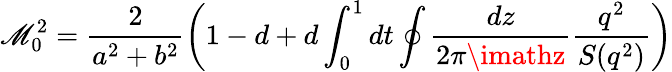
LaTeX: \mathscr{M}_{0}^{2}=\frac{{2}}{{a^{2}+b^{2}}}\left(1-d+d\int_{0}^{1}dt\oint\frac{{dz}}{{2\pi\imathz}}\frac{{q^{2}}}{{S(q^{2})}}\right)